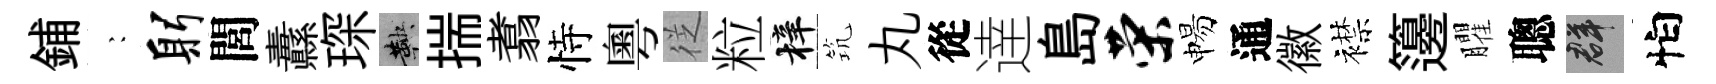
鋪巍躬閭纛琛鞅揣翥恃粵徔粒梓𥬑丸從逹島荣惕通徽襟籩臞聰群怕